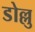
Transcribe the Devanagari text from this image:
डोल्लु